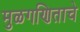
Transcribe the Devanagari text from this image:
मुळगणिताचे